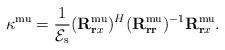
LaTeX: \begin{align*}\kappa^{\mathrm{mu}}=\frac{1}{\mathcal{E}_\mathrm{s}}(\mathbf{R}_{\mathbf{r}x}^{\mathrm{mu}})^{H}(\mathbf{R}_{\mathbf{rr}}^{\mathrm{mu}})^{-1}\mathbf{R}_{\mathbf{r}x}^{\mathrm{mu}}.\end{align*}